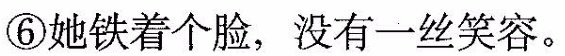
⑥她铁着个脸，没有一丝笑容。